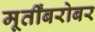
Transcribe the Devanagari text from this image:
मूर्तींबरोबर